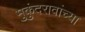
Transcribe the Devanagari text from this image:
मुकुंदरावांच्या